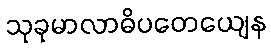
သုခုမာလာဓိပတေယျေန